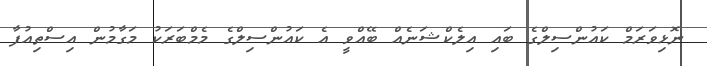
ނޮޅިވަރަމް ކައުންސިލްގެ ބައި އިލެކްޝަނެއް ބޭއްވީ އެ ކައުންސިލްގެ މެމްބަރަކު މަގާމުން އިސްތިއުފާ